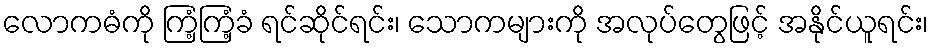
လောကဓံကို ကြံ့ကြံ့ခံ ရင်ဆိုင်ရင်း၊ သောကများကို အလုပ်တွေဖြင့် အနိုင်ယူရင်း၊